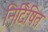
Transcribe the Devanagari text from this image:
निर्दिषित